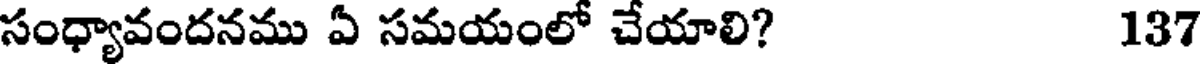
సంధ్యావందనము ఏ సమయంలో చేయాలి? 137